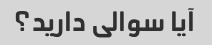
آیا سوالی دارید؟